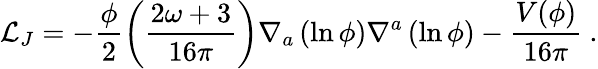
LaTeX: \mathcal{L}_{J}=-\frac{\phi}{2}\left(\frac{2\omega+3}{16\pi}\right)\nabla_{a}\left(\ln{\phi}\right)\nabla^{a}\left(\ln{\phi}\right)-\frac{V(\phi)}{16\pi}~.